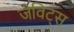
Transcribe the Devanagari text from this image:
जेविट्स